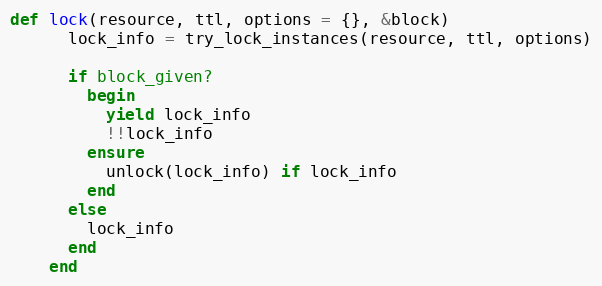
Language: Ruby
def lock(resource, ttl, options = {}, &block)
      lock_info = try_lock_instances(resource, ttl, options)

      if block_given?
        begin
          yield lock_info
          !!lock_info
        ensure
          unlock(lock_info) if lock_info
        end
      else
        lock_info
      end
    end